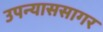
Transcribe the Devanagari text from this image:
उपन्याससागर